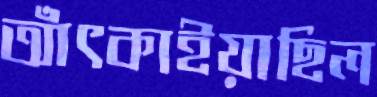
আঁৎকাইয়াছিল